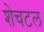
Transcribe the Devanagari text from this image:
शेचटल